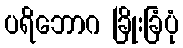
ပရိဘောဂ ခြိုးခြံပုံ